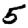
Digit: 5